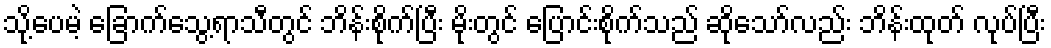
သို့ပေမဲ့ ခြောက်သွေ့ရာသီတွင် ဘိန်းစိုက်ပြီး မိုးတွင် ပြောင်းစိုက်သည် ဆိုသော်လည်း ဘိန်းထုတ် လုပ်ပြီး